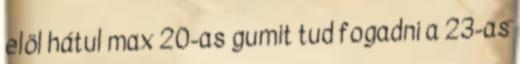
elöl hátul max 20-as gumit tud fogadni a 23-as